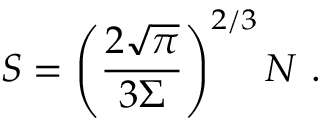
S = \left( \frac { 2 \sqrt { \pi } } { 3 \Sigma } \right) ^ { 2 / 3 } N ~ .